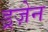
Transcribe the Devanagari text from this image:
ड्रज़ेन